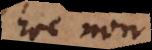
hoc non